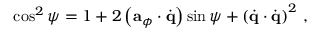
\cos ^ { 2 } \psi = 1 + 2 \left( { \bf a } _ { \phi } \cdot \dot { \bf q } \right) \sin \psi + \left( \dot { \bf q } \cdot \dot { \bf q } \right) ^ { 2 } \, ,